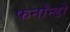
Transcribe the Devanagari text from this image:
फर्नांन्डो